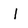
Character: I